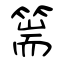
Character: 篅